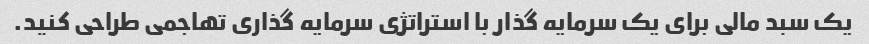
یک سبد مالی برای یک سرمایه گذار با استراتژی سرمایه گذاری تهاجمی طراحی کنید.